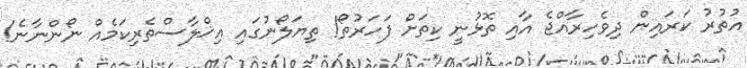
އުތުރު ކަރައިން ދިވެހިރާއްޖެ އާއި ތޮޅުނީ ކިތަށް ފަހަރުތޯ! ތިޔަލޯނުގައި އިޚްލާސްތެރިކަމެއް ނޯންނާނެ!